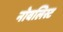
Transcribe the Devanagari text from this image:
नोवलिस्ट